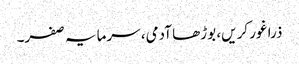
ذرا غور کریں، بوڑھا آدمی، سرمایہ صفر۔